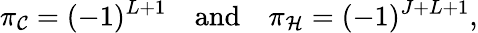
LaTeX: \pi_{\cal C}=(-1)^{L+1}\quad\mathrm{and}\quad\pi_{\cal H}=(-1)^{J+L+1},